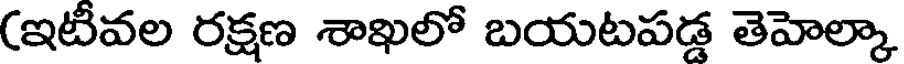
(ఇటీవల రక్షణ శాఖలో బయటపడ తెహెల్కా